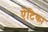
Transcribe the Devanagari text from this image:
ऐटिका